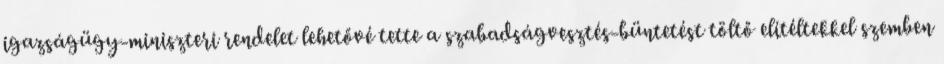
igazságügy-miniszteri rendelet lehetővé tette a szabadságvesztés-büntetést töltő elítéltekkel szemben